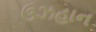
ઉઝહાન